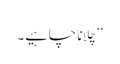
‘‘ چِلانا چاہیے۔